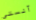
آنستي